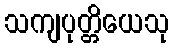
သကျပုတ္တိယေသု